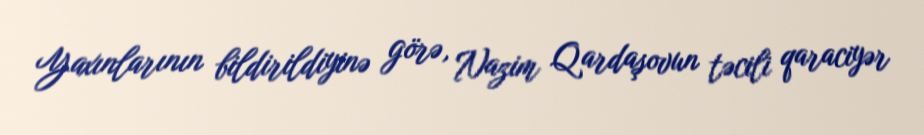
Yaxınlarının bildirildiyinə görə, Nazim Qardaşovun təcili qaraciyər